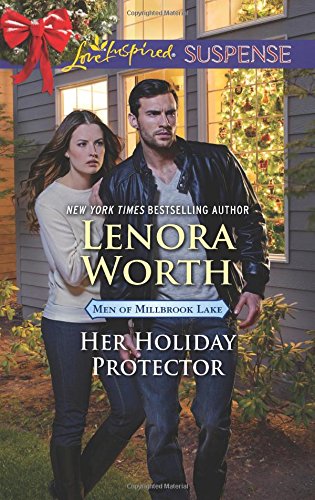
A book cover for Her Holiday Protector (Men of Millbrook Lake); Lenora Worth; Romance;